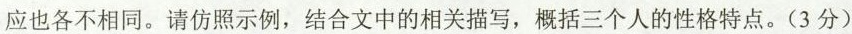
应也各不相同。请仿照示例，结合文中的相关描写，概括三个人的性格特点。(3分)